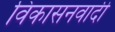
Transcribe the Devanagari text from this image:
विकासनवादी